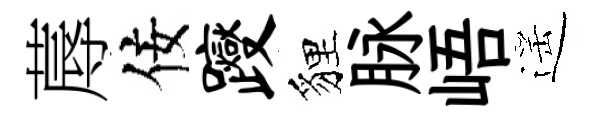
蓐佞躞貍脉峿遥